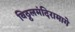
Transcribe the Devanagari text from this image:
विठ्ठलमंदिरामागे